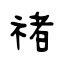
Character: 禇